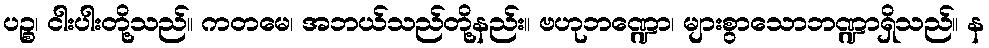
ပဉ္စ၊ ငါးပါးတို့သည်။ ကတမေ၊ အဘယ်သည်တို့နည်း။ ဗဟုဘဏ္ဍော၊ များစွာသောဘဏ္ဍာရှိသည်။ န